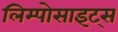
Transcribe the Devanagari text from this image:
लिम्पोसाइट्स